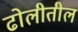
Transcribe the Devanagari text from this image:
ढोलीतील